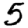
Digit: 5